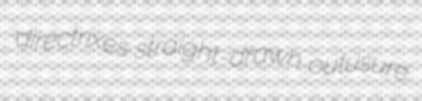
directrixes straight-drawn outusure